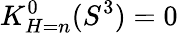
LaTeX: K_{H=n}^{0}(S^{3})=0